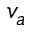
v _ { a }